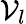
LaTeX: \mathcal{V}_{l}